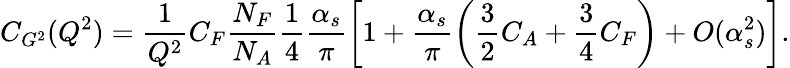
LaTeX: C_{G^{2}}(Q^{2})=\frac{1}{Q^{2}}C_{F}\frac{N_{F}}{N_{A}}\frac{1}{4}\frac{\alpha_{s}}{\pi}\biggl[1+\frac{\alpha_{s}}{\pi}\biggl(\frac{3}{2}C_{A}+\frac{3}{4}C_{F}\biggr)+O(\alpha_{s}^{2})\biggr].